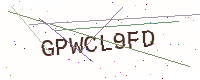
Text: GPWCL9FD